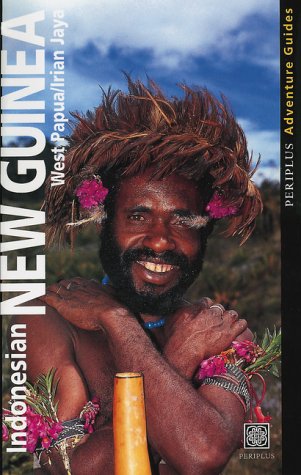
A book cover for Indonesian New Guinea: West Papua/Irian Jaya (Periplus Adventure Guides); Kal Muller; Travel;